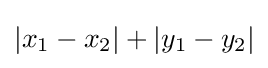
\left|x_{1}-x_{2}\right|+\left|y_{1}-y_{2}\right|